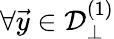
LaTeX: \forall\vec{y}\in\mathcal{D}_{\perp}^{(1)}